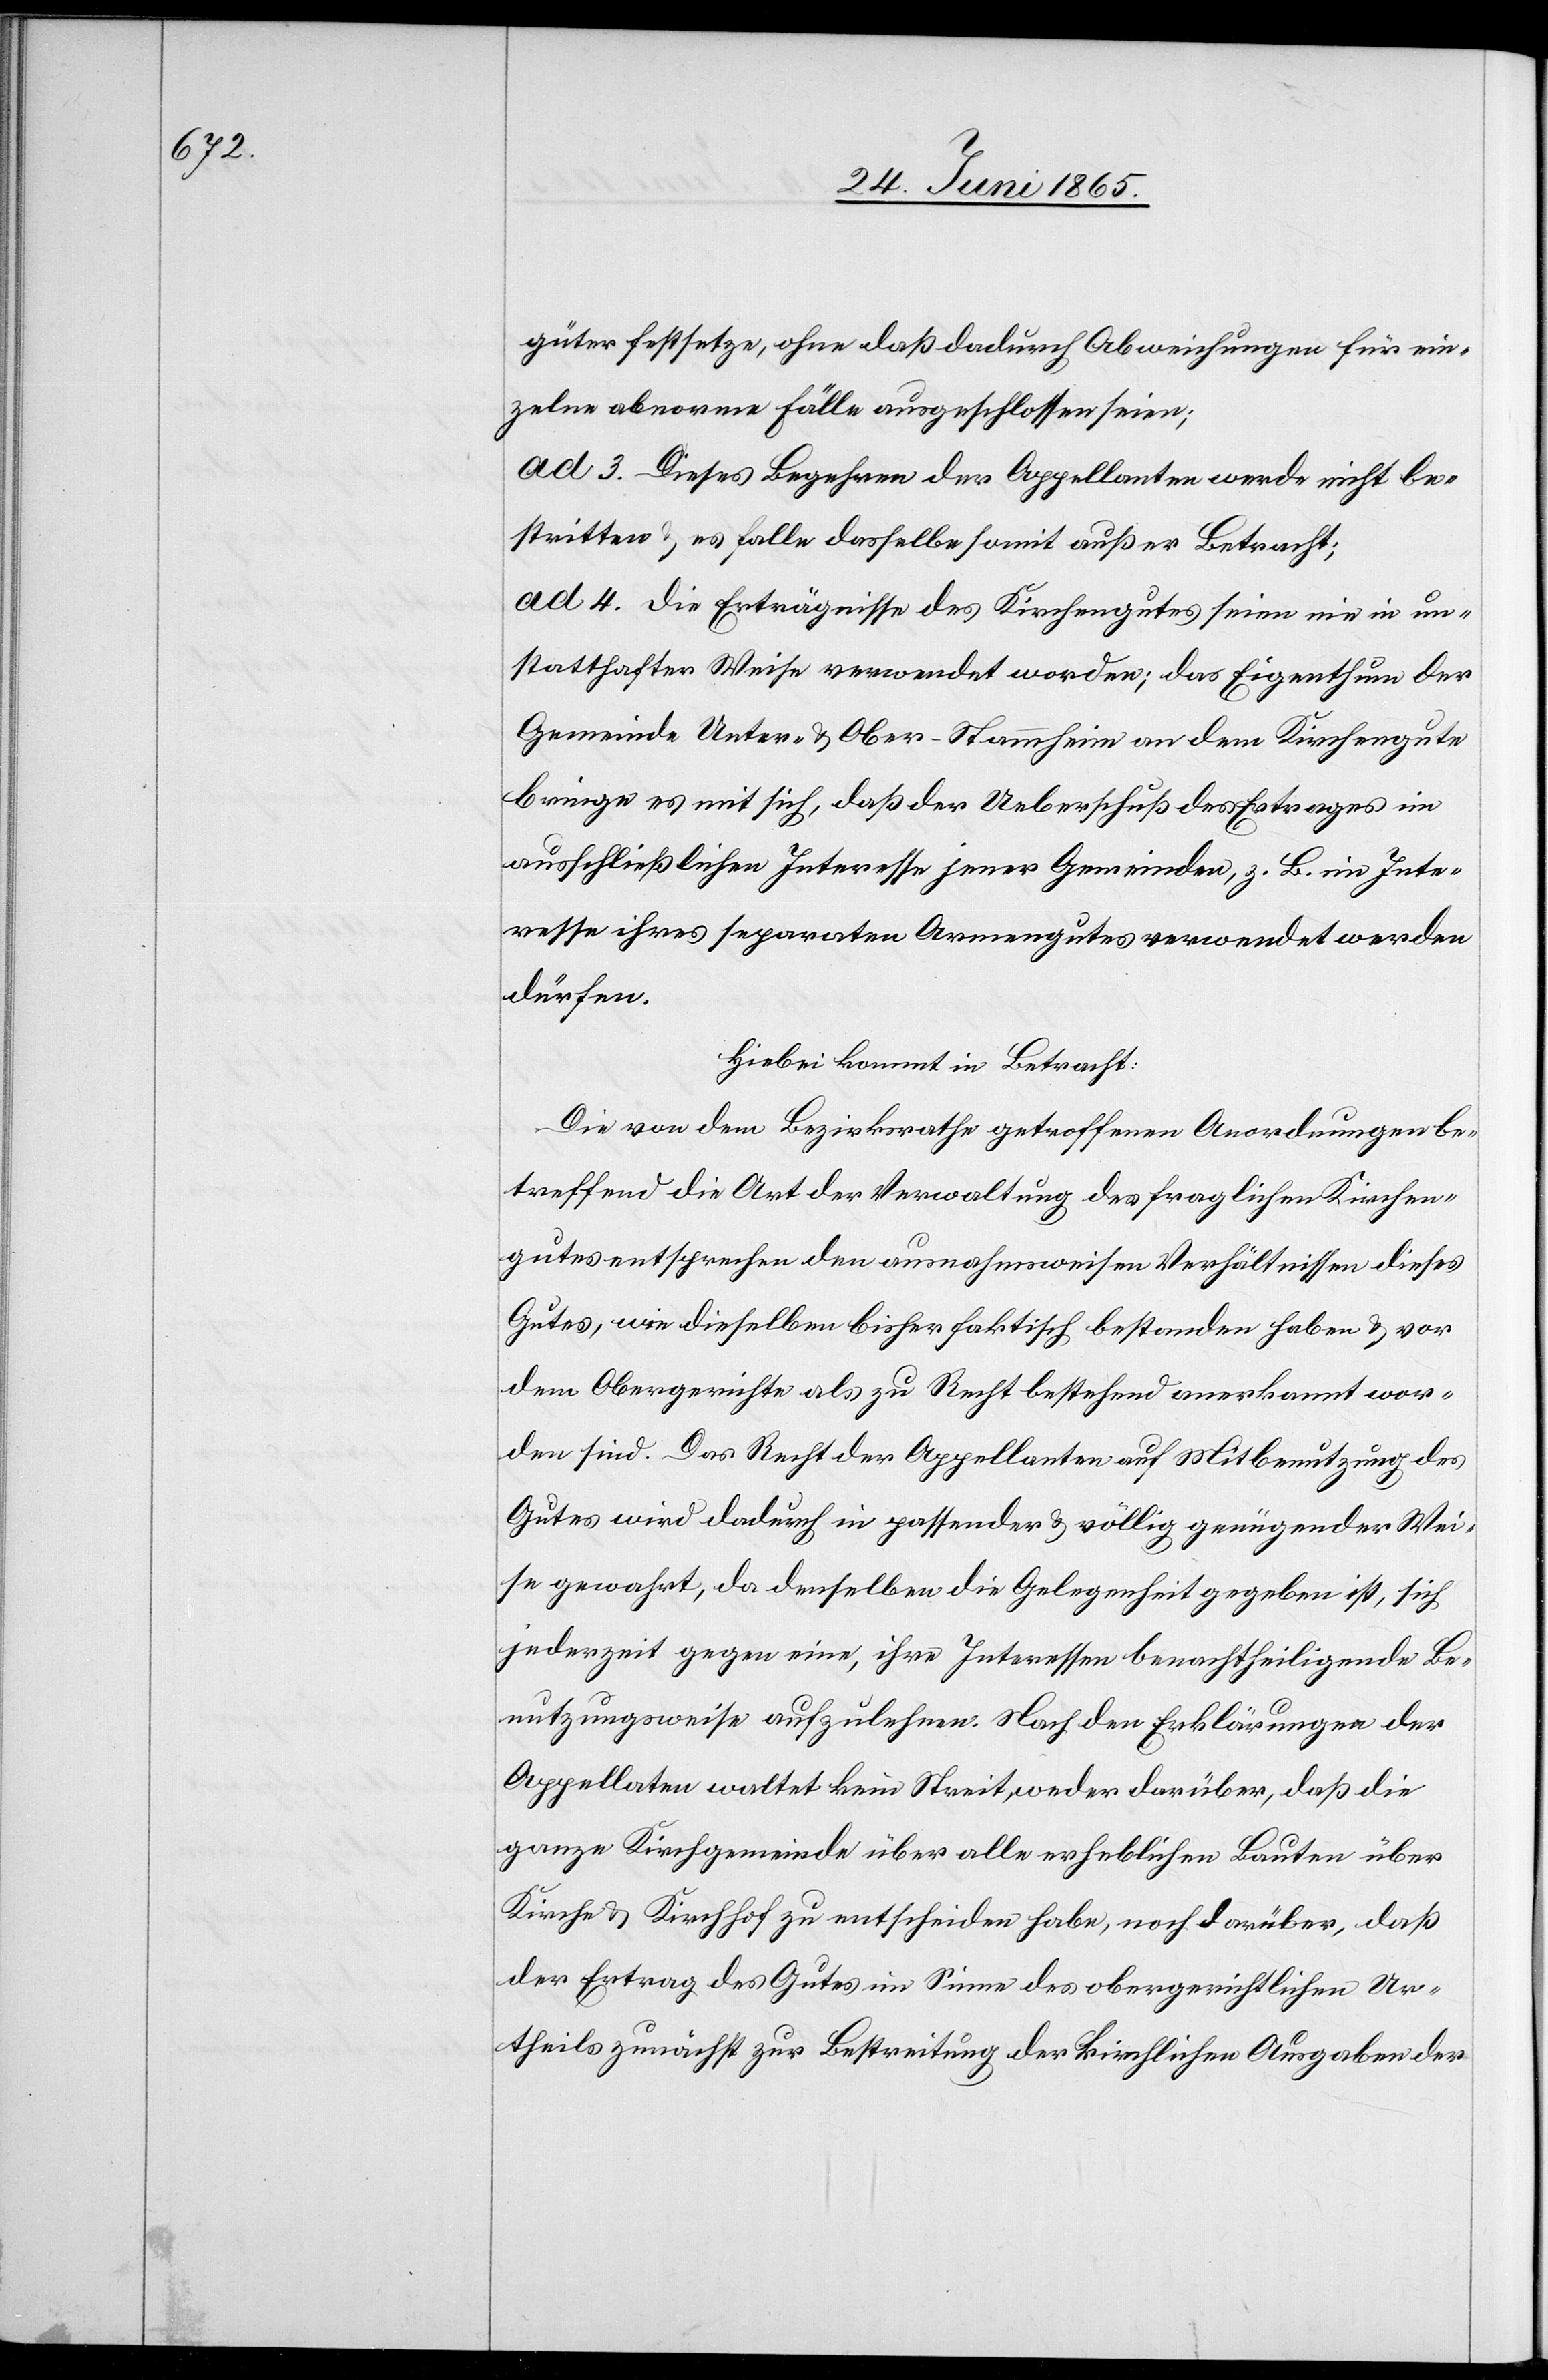
güter festsetze, ohne daß dadurch Abweichungen für ein¬
zelne abnorme Fälle ausgeschlossen seien;
ad 3. Dieses Begehren der Appellanten werde nicht be¬
stritten & es falle dasselbe somit außer Betracht;
ad 4. Die Erträgnisse des Kirchengutes seien nie in un¬
statthafter Weise verwendet worden; das Eigenthum der
Gemeinde Unter- & Ober-Stammheim an dem Kirchengute
bringe es mit sich, daß der Ueberschuß des Ertrages im
ausschließlichen Interesse jener Gemeinden, z. B. im Inte¬
resse ihres separaten Armengutes verwendet werden
dürfen.
Hiebei kommt in Betracht:
Die von dem Bezirksrathe getroffenen Anordnungen be¬
treffend die Art der Verwaltung des fraglichen Kirchen¬
gutes entsprechen den ausnahmsweisen Verhältnissen dieses
Gutes, wie dieselben bisher faktisch bestanden haben & vor
dem Obergerichte als zu Recht bestehend anerkannt wor¬
den sind. Das Recht der Appellanten auf Mitbenutzung des
Gutes wird dadurch in passender & völlig genügender Wei¬
se gewahrt, da denselben die Gelegenheit gegeben ist, sich
jederzeit gegen eine, ihre Interessen benachtheiligende Be¬
nutzungsweise aufzulehnen. Nach den Erklärungen der
Appellaten waltet kein Streit, weder darüber, daß die
ganze Kirchgemeinde über alle erheblichen Bauten über
Kirch & Kirchhof zu entscheiden habe, noch darüber, daß
der Ertrag des Gutes im Sinne des obergerichtlichen Ur¬
theils zunächst zur Bestreitung der kirchlichen Ausgaben der